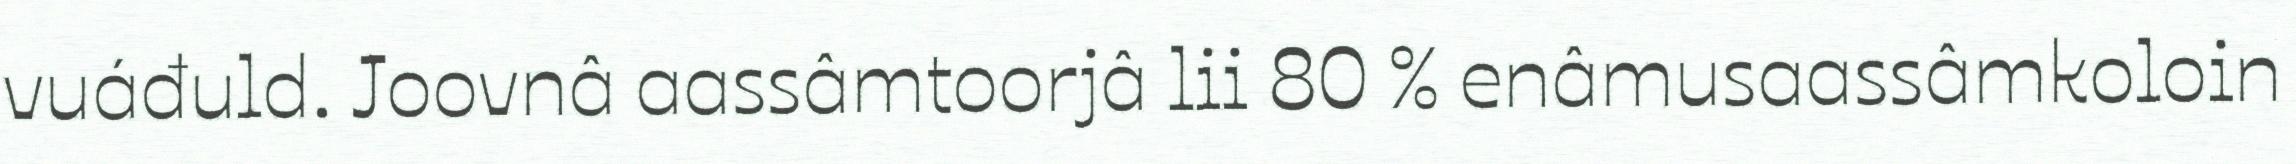
vuáđuld. Joovnâ aassâmtoorjâ lii 80 % enâmusaassâmkoloin